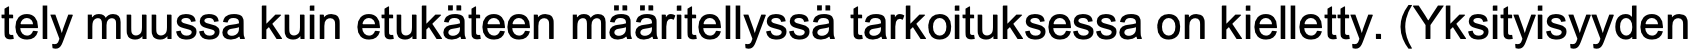
tely muussa kuin etukäteen määritellyssä tarkoituksessa on kielletty. (Yksityisyyden